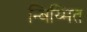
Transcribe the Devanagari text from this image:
न्बिय्मित